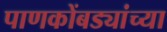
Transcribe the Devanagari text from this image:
पाणकोंबड्यांच्या